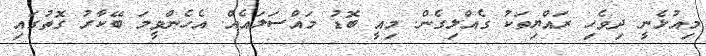
މިއުޅެނީ ދިވެހި ރައްޔިތަކު ގެއްލިގެން. މިއީ ބޮޑު މައްސަލައެއް. އެހެންވީމަ ބޭކާރު ގޮތުގައި